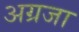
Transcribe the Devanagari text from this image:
अग्रजा